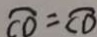
\overline { C D } = \overline { C D }